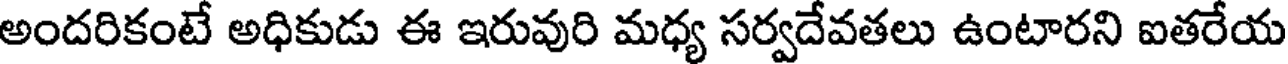
అందరికంటే అధికుడు ఈ ఇరువురి మధ్య సర్వదేవతలు ఉంటారని ఐతరేయ